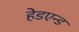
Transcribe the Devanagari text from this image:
हेडएन्ड